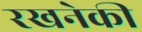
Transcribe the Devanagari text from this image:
रखनेकी